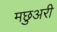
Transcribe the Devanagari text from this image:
मछुअरी